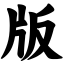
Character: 版